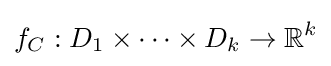
f_{C}:D_{1}\times \cdots \times D_{k}\to \mathbb {R} ^{k}